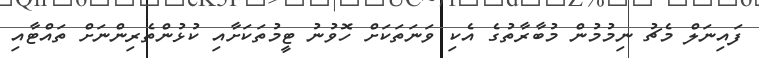
ފައިނަލް މެޗު ނިމުމުން މުބާރާތުގެ އެކި ވަނަތަކަށް ހޮވުނު ޓީމުތަކަށާއި ކުޅުންތެރިންނަށް ތައްޓާއި